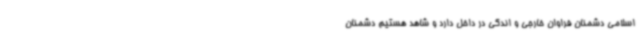
اسلامی دشمنان فراوان خارجی و اندکی در داخل دارد و شاهد هستیم دشمنان